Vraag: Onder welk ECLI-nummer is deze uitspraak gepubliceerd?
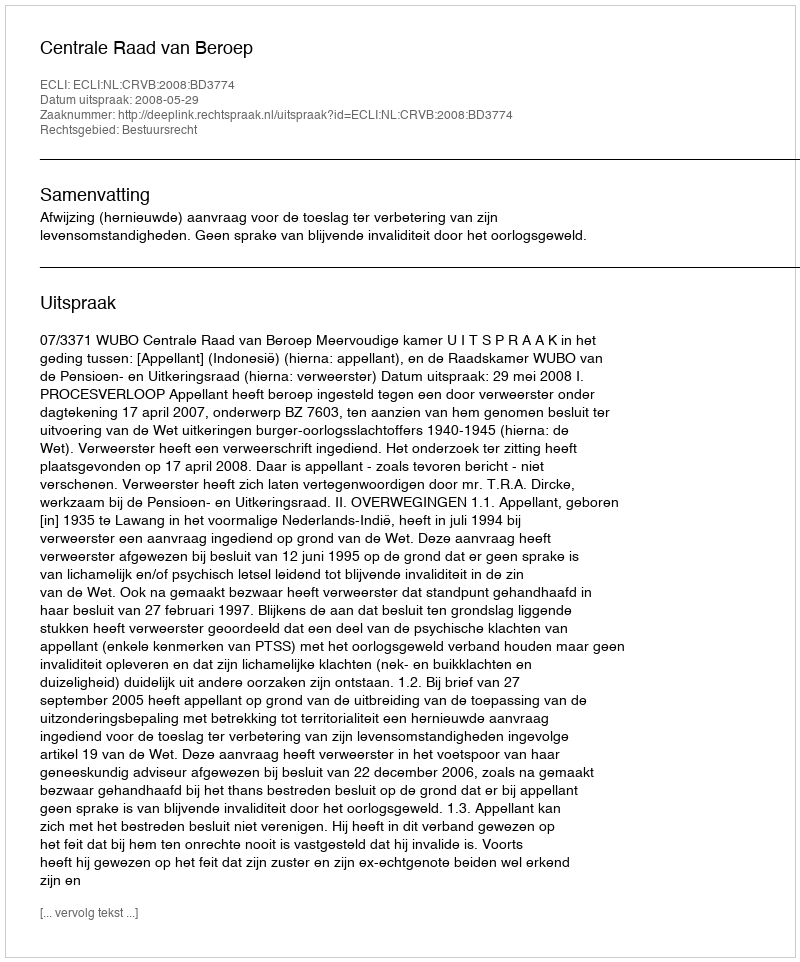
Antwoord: ECLI:NL:CRVB:2008:BD3774